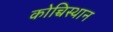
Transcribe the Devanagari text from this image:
कोच्चिस्थान